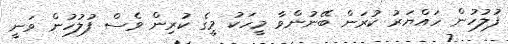
ފުލުހުން ހައްޔަރު ކުރަން ބޭނުންވާ މީހަކު މީގެ ކުރިން ވެސް ފުލުހުން ވަނީ